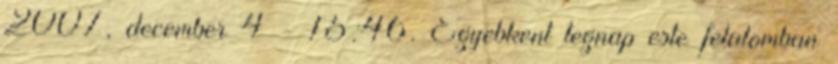
2007, december 4 - 15:46. Egyebkent tegnap este felalomban